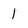
Character: 1